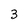
Character: 3